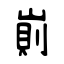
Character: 崱